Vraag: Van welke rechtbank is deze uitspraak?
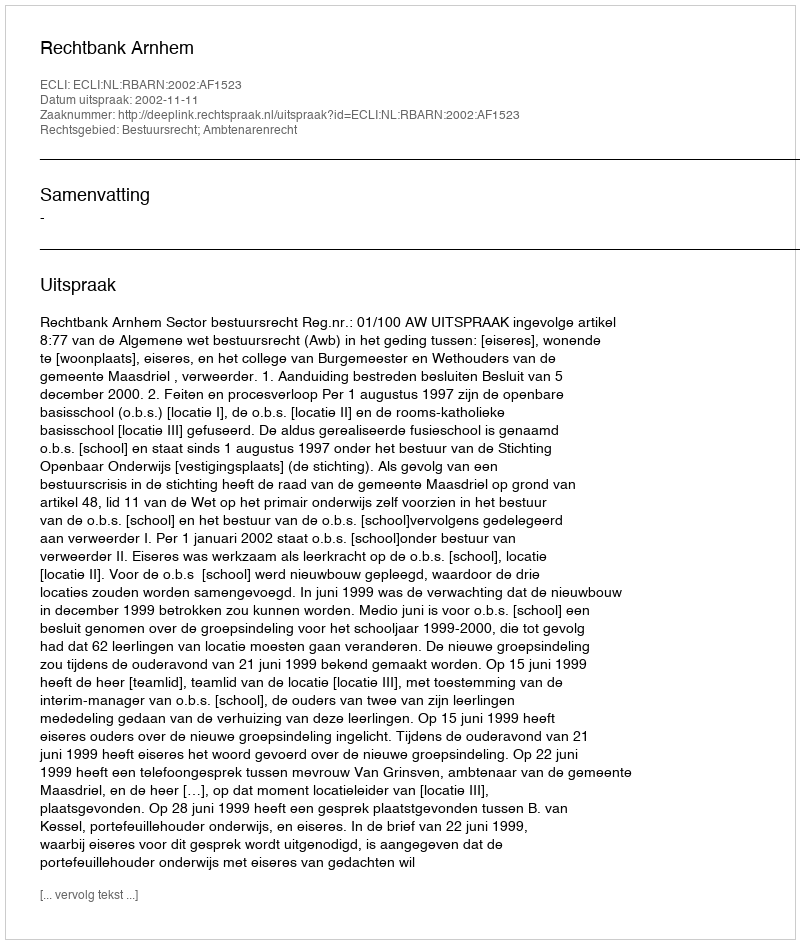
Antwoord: Rechtbank Arnhem